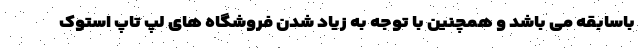
باسابقه می باشد و همچنین با توجه به زیاد شدن فروشگاه های لپ تاپ استوک